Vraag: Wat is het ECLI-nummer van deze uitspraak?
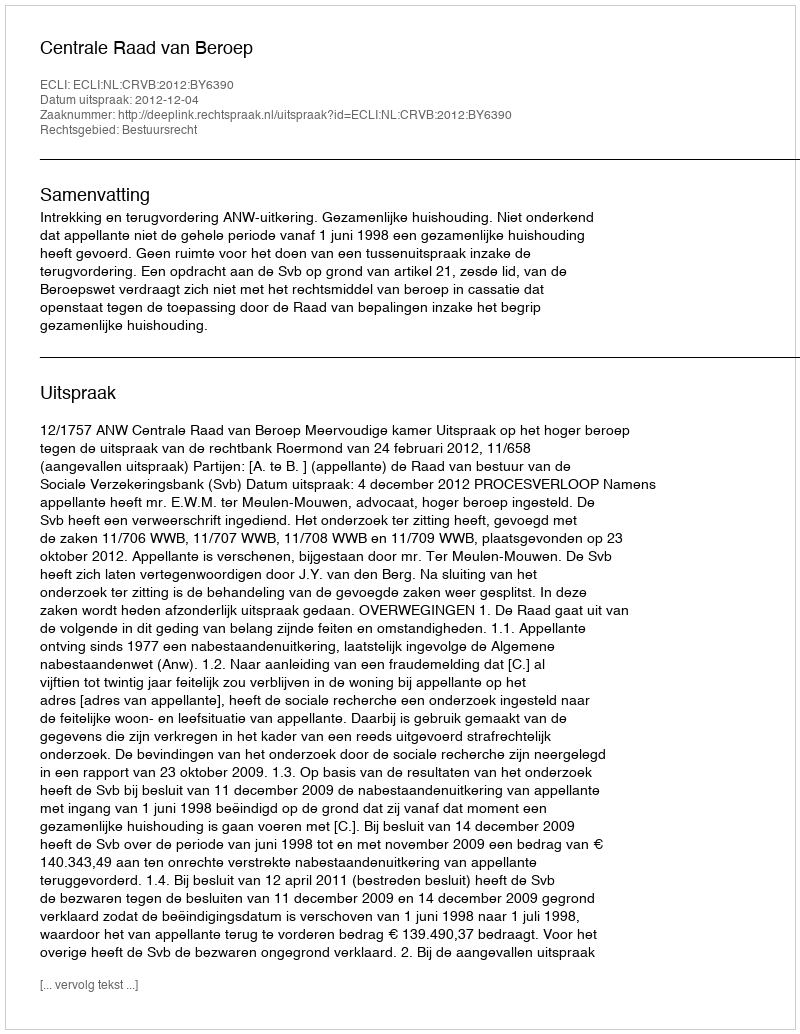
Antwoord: ECLI:NL:CRVB:2012:BY6390